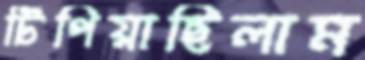
টিপিয়াছিলাম